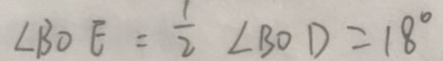
\angle B O E = \frac { 1 } { 2 } \angle B O D = 1 8 ^ { \circ }